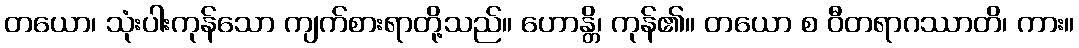
တယော၊ သုံးပါးကုန်သော ကျက်စားရာတို့သည်။ ဟောန္တိ၊ ကုန်၏။ တယော စ ဝီတရာဂဿာတိ၊ ကား။